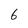
Character: 6